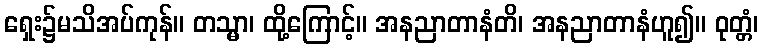
ရှေး၌မသိအပ်ကုန်။ တသ္မာ၊ ထို့ကြောင့်။ အနညာတာနံတိ၊ အနညာတာနံဟူ၍။ ဝုတ္တံ၊